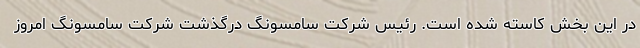
در این بخش کاسته شده است. رئیس شرکت سامسونگ درگذشت شرکت سامسونگ امروز